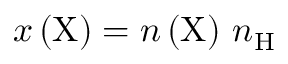
x \left( \mathrm { X } \right) = n \left( \mathrm { X } \right) \, n _ { \mathrm { H } }